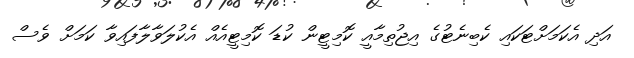
އަދި އެކަމަށްޓަކައި ކެބިނެޓުގެ އިޖުތިމާއީ ކޮމިޓީން ކުޑަ ކޮމިޓީއެއް އެކުލަވާލާފައިވާ ކަމަށް ވެސް